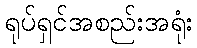
ရုပ်ရှင်အစည်းအရုံး